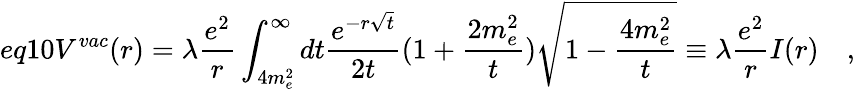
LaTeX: eq10V^{vac}(r)=\lambda\frac{e^{2}}{r}\int_{4m_{e}^{2}}^{\infty}dt\frac{e^{-r\sqrt{t}}}{2t}(1+\frac{2m_{e}^{2}}{t})\sqrt{1-\frac{4m_{e}^{2}}{t}}\equiv\lambda\frac{e^{2}}{r}I(r)\quad,